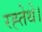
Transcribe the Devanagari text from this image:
रह्तेथे।